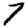
Digit: 7